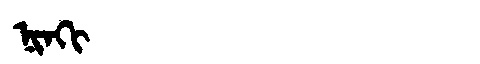
Manchu: ᠨᡳᠨᡴᡳ
Romanization: NINKI